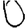
Digit: 0